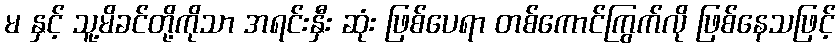
မ နှင့် သူ့မိခင်တို့ကိုသာ အရင်းနှီး ဆုံး ဖြစ်ပေရာ တစ်ကောင်ကြွက်လို ဖြစ်နေသဖြင့်